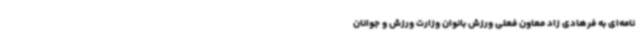
نامه‌ای به فرهادی زاد معاون فعلی ورزش بانوان وزارت ورزش و جوانان